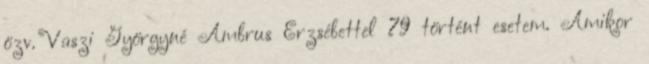
özv. Vaszi Györgyné Ambrus Erzsébettel 79 történt esetem. Amikor